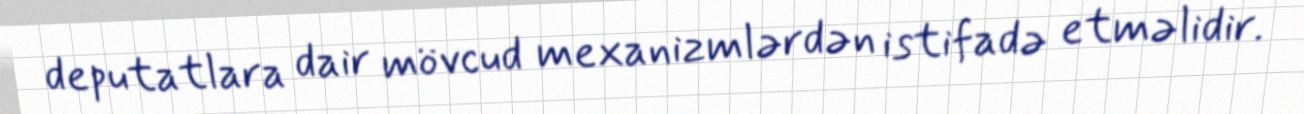
deputatlara dair mövcud mexanizmlərdən istifadə etməlidir.